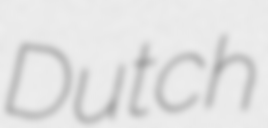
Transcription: Dutch